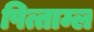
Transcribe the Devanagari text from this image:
पित्ताम्ल